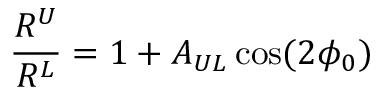
\frac { R ^ { U } } { R ^ { L } } = 1 + A _ { U L } \cos ( 2 \phi _ { 0 } )